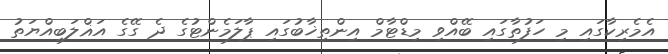
އެމެރިކާގައި މި ހަފުތާގައި ބޭއްވި މިޑްޓާމް އިންތިޚާބުގައި ޕާލަމެންޓުގެ ދެ ގޭގެ އަޣްލަބިއްޔަތު